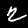
Digit: 2